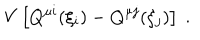
V \left[ Q ^ { \mu i } ( \xi _ { i } ) - Q ^ { \mu j } ( \xi _ { j } ) \right] \ .